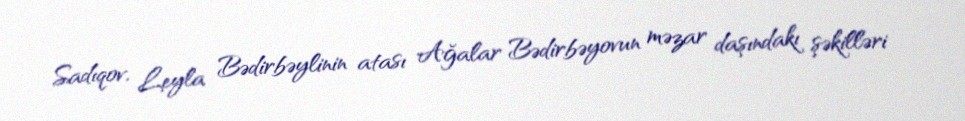
Sadıqov, Leyla Bədirbəylinin atası Ağalar Bədirbəyovun məzar daşındakı şəkilləri